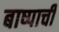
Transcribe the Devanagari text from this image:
बाष्पाची